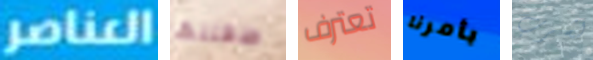
العناصر طفلتها تعترف بأمرنا لشرب